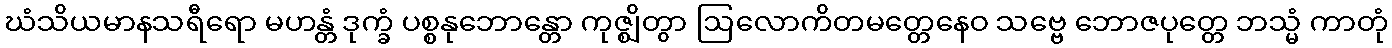
ဃံသိယမာနသရီရော မဟန္တံ ဒုက္ခံ ပစ္စနုဘောန္တော ကုဇ္ဈိတွာ ဩလောကိတမတ္တေနေဝ သဗ္ဗေ ဘောဇပုတ္တေ ဘသ္မံ ကာတုံ